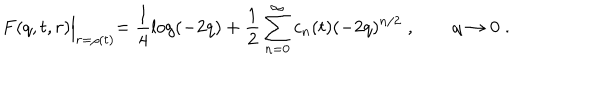
LaTeX: F ( q , t , r ) \Bigl | _ { r = \rho ( t ) } = \frac { 1 } { 4 } \log ( - 2 q ) + \frac { 1 } { 2 } \sum _ { n = 0 } ^ { \infty } c _ { n } ( t ) ( - 2 q ) ^ { n / 2 } \; , \qquad q \to 0 \; .